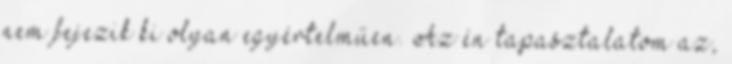
nem fejezik ki olyan egyértelműen. Az én tapasztalatom az,